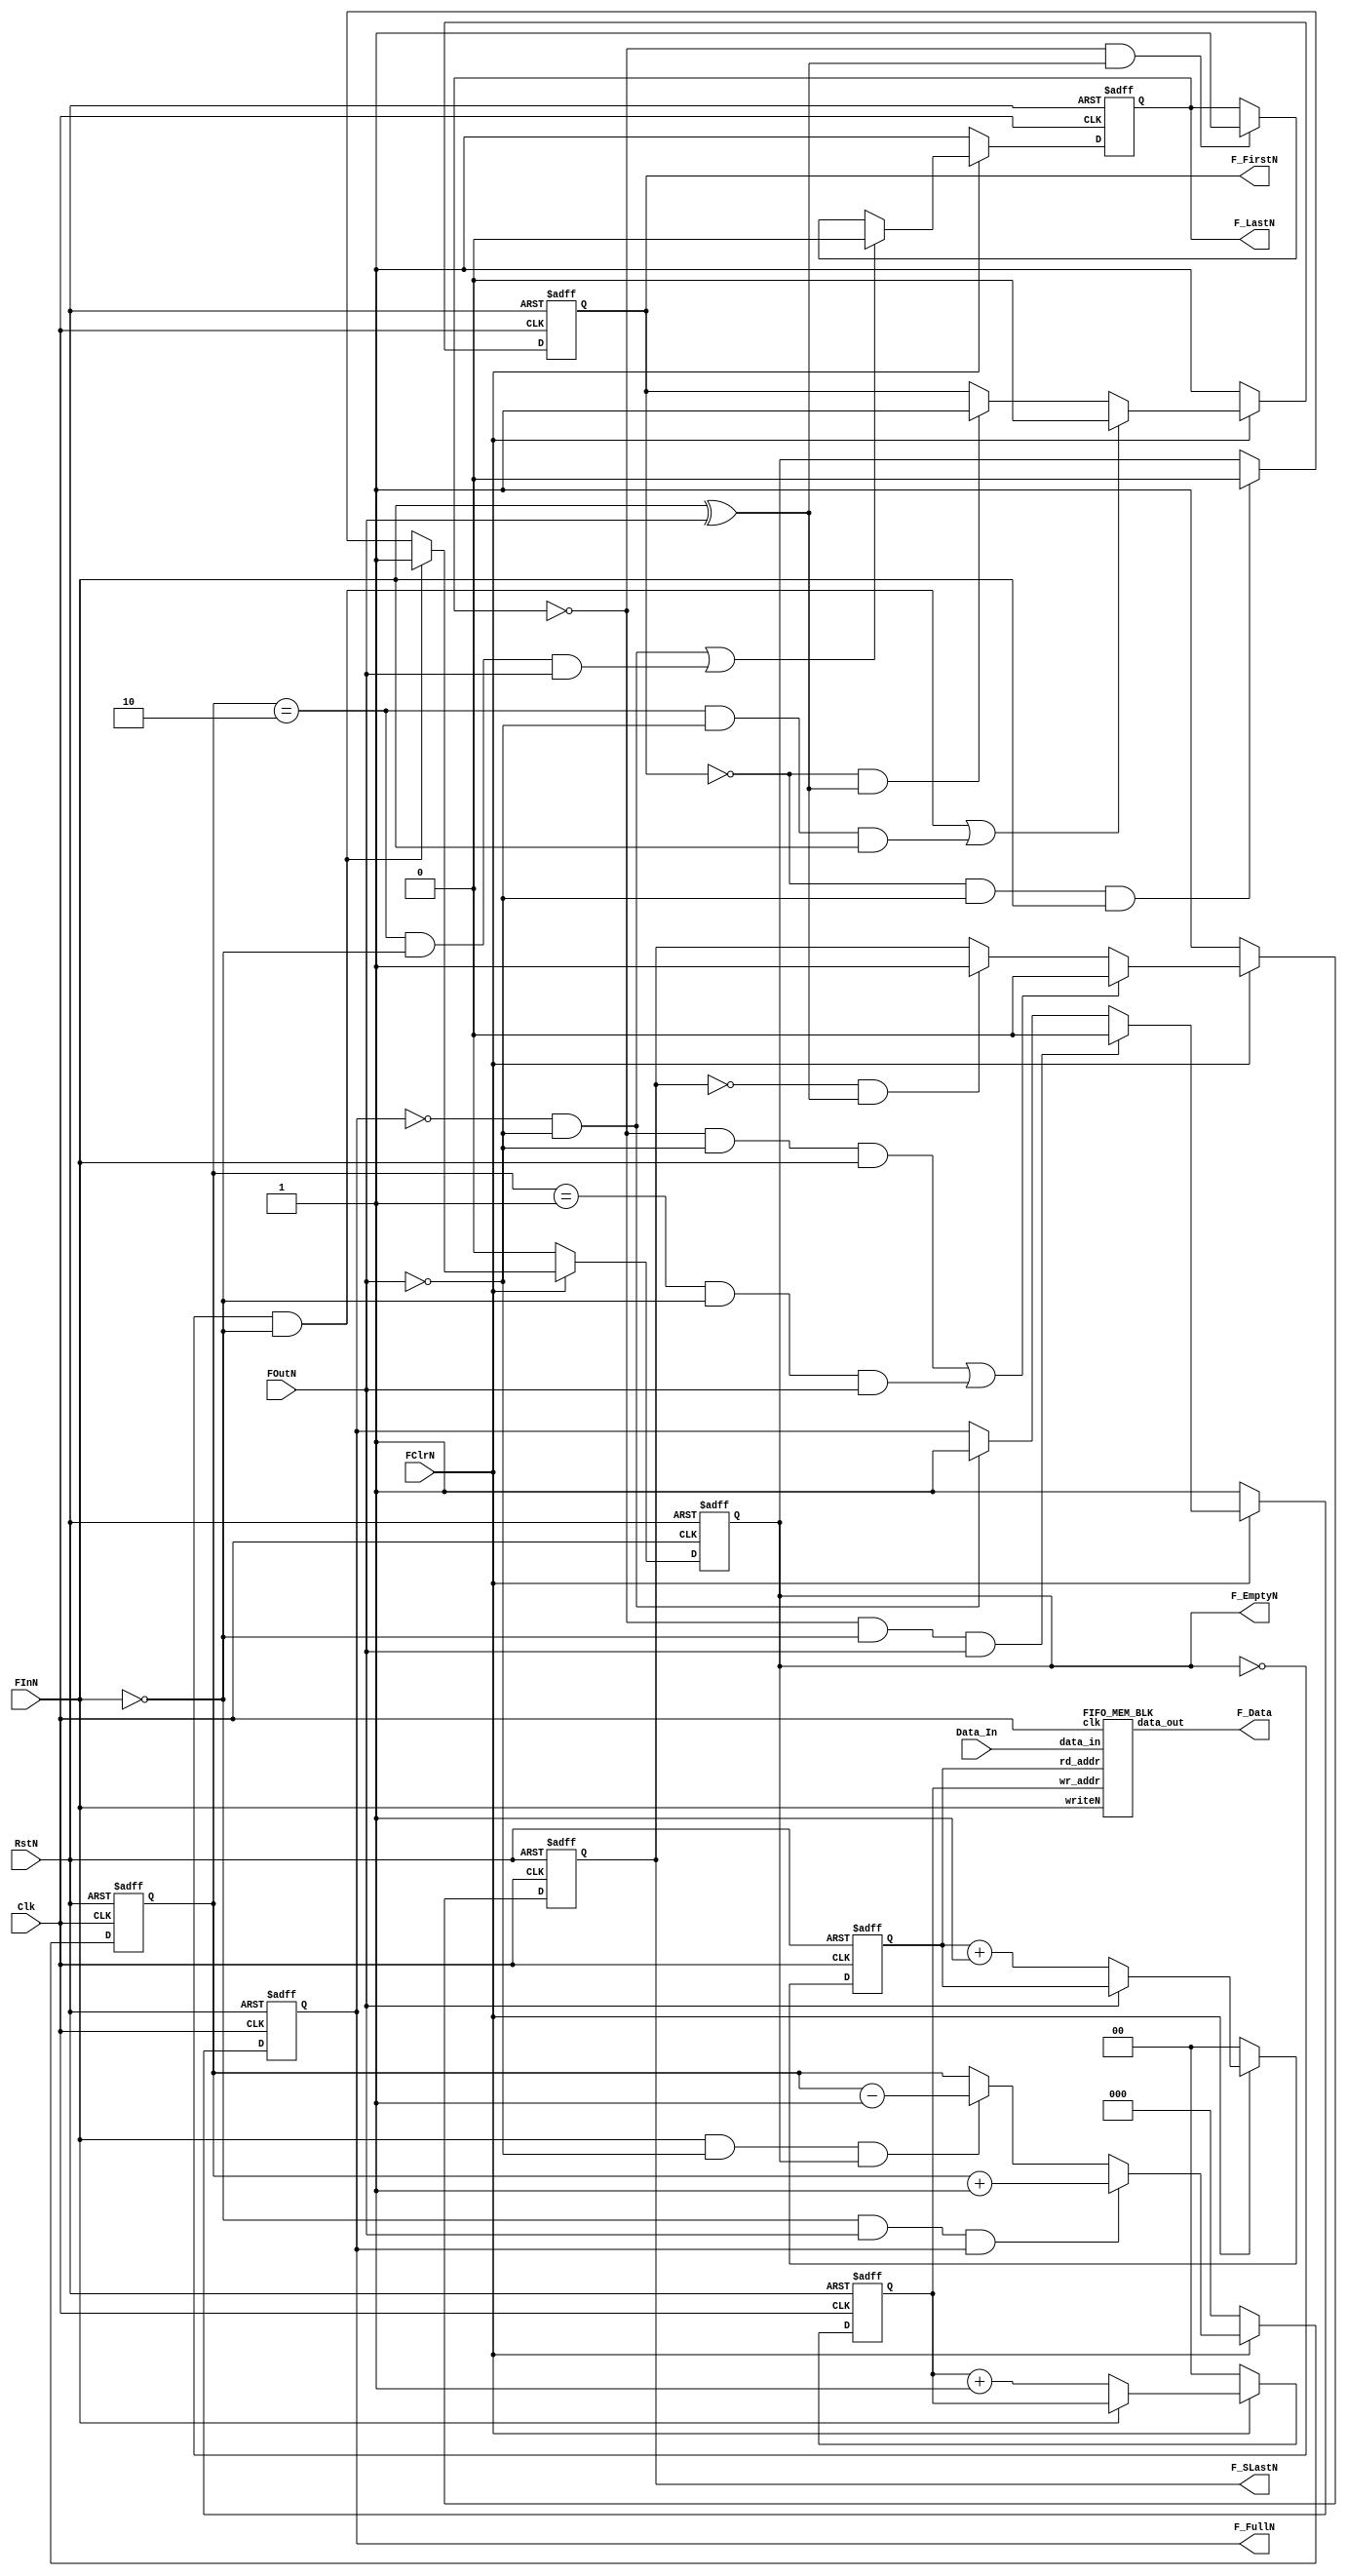

///////////////////////////////////////////////////////////////////////
// Company :  Sand Microelectronics Inc.,
// Profile :  Sand develops Simulation Models, Synthesizable Cores and
//            Performance Analysis Tools for Processors, Buses and Memory
//            products.  Sand's products include models for industry
//            standard components and Custom developed models for specific
//            simulation environments.
//
//            For more information on Sand, contact us at (408)-441-7138 by
//            telephone, (408)-441-7538 by fax or email your specific needs
//            to sales@sandmicro.com
////////////////////////////////////////////////////////////////////////


`define  FWIDTH     32           // Width of the FIFO.
`define  FDEPTH     4            // Depth of the FIFO.
`define  FCWIDTH    2            // Counter Width of the FIFO 2 to power 
                                 // FCWIDTH = FDEPTH.
module FIFO(  Clk,
              RstN,
              Data_In,
              FClrN,
              FInN,
              FOutN,

              F_Data,
              F_FullN,
              F_LastN,
              F_SLastN,
              F_FirstN,
              F_EmptyN
           );



input                       Clk;      // CLK Signal.
input                       RstN;     // Low Asserted Reset signal.
input [(`FWIDTH-1):0]       Data_In;  // Data Into FIFO.
input                       FInN;     // Write into FIFO Signal.
input                       FClrN;    // Clear Signal to FIFO.
input                       FOutN;    // Read From FIFO Signal.

output [(`FWIDTH-1):0]      F_Data;   // FIFO Data out.
output                      F_FullN;  // FIFO Full indicating signal.
output                      F_EmptyN; // FIFO Empty indicating signal.
output                      F_LastN;  // FIFO Last But One Signal.
output                      F_SLastN; // FIFO SLast But One Signal.
output                      F_FirstN; // Signal indicating only one word inFIFO.


reg                F_FullN;
reg                F_EmptyN;
reg                F_LastN;
reg                F_SLastN;
reg                F_FirstN;

reg    [`FCWIDTH:0]       fcounter;    // counter indicates num of data in FIFO
reg    [(`FCWIDTH-1):0]   rd_ptr;      // current read pointer.
reg    [(`FCWIDTH-1):0]   wr_ptr;      // current write pointer.
wire   [(`FWIDTH-1):0]    FIFODataOut; // Data Out from the FIFO MemBlk
wire   [(`FWIDTH-1):0]    FIFODataIn;  // Data into the FIFO MemBlk

wire   ReadN  = FOutN;
wire   WriteN = FInN;

assign F_Data     = FIFODataOut;  
assign FIFODataIn = Data_In;     


    FIFO_MEM_BLK memblk(.clk(Clk),
                        .writeN(WriteN),
                        .rd_addr(rd_ptr),
                        .wr_addr(wr_ptr),
                        .data_in(FIFODataIn),
                        .data_out(FIFODataOut)
                       ); 



    // Control circuitry for FIFO. If reset or clr signal is asserted
    // all the counters are set to 0. IF write only the write counter
    // is incremented else if read only read counter is incremented
    // else if both, read and write counters are incremented.
    // fcounter indicates the num of items in the fifo. Write only
    // increments  the fcounter, read only decrements the counter and
    // read && write doen't change the counter value.
    always @(posedge Clk or negedge RstN)
    begin

       if(!RstN) begin
           fcounter    <= 0;
           rd_ptr      <= 0;
           wr_ptr      <= 0;
       end
       else begin

           if(~FClrN ) begin
               fcounter    <= 0;
               rd_ptr      <= 0;
               wr_ptr      <= 0;
           end
           else begin

               if(~WriteN) 
                   wr_ptr <= wr_ptr + 1;

               if(~ReadN)
                   rd_ptr <= rd_ptr + 1;
 
               if(~WriteN && ReadN && F_FullN) 
                   fcounter <= fcounter + 1;
    
               else if(WriteN && ~ReadN && F_EmptyN)
                   fcounter <= fcounter - 1;
          end
       end
    end


 
    // All the FIFO status signals depends on the value of fcounter.
    // If the fcounter is equal to afdepth, indicates FIFO is full.
    // If the fcounter is equal to zero, indicates the FIFO is empty.



    // F_EmptyN signal indicates FIFO Empty Status. By Defualt it is 
    // asserted indicating the FIFO is empty. After the First Data is
    // put into the FIFO the signal is deasserted.
    always @(posedge Clk or negedge RstN)
    begin

       if(!RstN)
          F_EmptyN <= 1'b0;

       else begin
          if(FClrN==1'b1) begin

             if(F_EmptyN==1'b0 && WriteN==1'b0)

                 F_EmptyN <= 1'b1;
 
             else if(F_FirstN==1'b0 && ReadN==1'b0 && WriteN==1'b1)
 
                 F_EmptyN <= 1'b0;
          end
          else
             F_EmptyN <= 1'b0;
       end
    end
 
    // F_FirstN signal indicates that there is only one data sitting in the
    // FIFO. When the FIFO isempty and a write to FIFO occurs, this signal
    // gets asserted.
    always @(posedge Clk or negedge RstN)
    begin
 
       if(!RstN)
 
          F_FirstN <= 1'b1;
 
       else begin
          if(FClrN==1'b1) begin
 
             if((F_EmptyN==1'b0 && WriteN==1'b0) ||
                (fcounter==2 && ReadN==1'b0 && WriteN==1'b1))
 
                 F_FirstN <= 1'b0;
  
             else if (F_FirstN==1'b0 && (WriteN ^ ReadN))
                 F_FirstN <= 1'b1;
          end
          else begin
 
             F_FirstN <= 1'b1;
          end
       end   
    end   


    // F_SLastN indicates that there is space for only two data words in the 
    // FIFO.
    always @(posedge Clk or negedge RstN)
    begin
 
       if(!RstN)
 
          F_SLastN <= 1'b1;
       
       else begin

          if(FClrN==1'b1) begin

             if( (F_LastN==1'b0 && ReadN==1'b0 && WriteN==1'b1) || 
                 (fcounter == (`FDEPTH-3) && WriteN==1'b0 && ReadN==1'b1))

                 F_SLastN <= 1'b0;
          

             else if(F_SLastN==1'b0 && (ReadN ^ WriteN) )
                 F_SLastN <= 1'b1;

          end
          else
             F_SLastN <= 1'b1;

       end
    end 

    // F_LastN indicates that there is one space for only one data 
    // word in the  fifo.
    always @(posedge Clk or negedge RstN)
    begin
 
       if(!RstN)
 
          F_LastN <= 1'b1;
 
       else begin
          if(FClrN==1'b1) begin
 
             if ((F_FullN==1'b0 && ReadN==1'b0)  ||
                 (fcounter == (`FDEPTH-2) && WriteN==1'b0 && ReadN==1'b1))
  
                 F_LastN <= 1'b0;
  
             else if(F_LastN==1'b0 && (ReadN ^ WriteN) )
                 F_LastN <= 1'b1;
          end
          else
             F_LastN <= 1'b1;
       end
    end
       

    // F_FullN indicates that the FIFO is full.
    always @(posedge Clk or negedge RstN)
    begin
 
       if(!RstN)
 
           F_FullN <= 1'b1;
 
       else begin
           if(FClrN==1'b1)  begin
 
               if (F_LastN==1'b0 && WriteN==1'b0 && ReadN==1'b1)
       
                    F_FullN <= 1'b0;
 
               else if(F_FullN==1'b0 && ReadN==1'b0)
    
                    F_FullN <= 1'b1;
           end
           else
               F_FullN <= 1'b1;
    
       end
    end
       
endmodule



///////////////////////////////////////////////////////////////////
//
//
//   Configurable memory block for fifo. The width of the mem
//   block is configured via "FWIDTH". All the data into fifo is done 
//   synchronous to block.
//
//
///////////////////////////////////////////////////////////////////

module FIFO_MEM_BLK( clk,
                     writeN,
                     wr_addr,
                     rd_addr,
                     data_in,
                     data_out
                   );


input                    clk;       // input clk.
input                    writeN;    // Write Signal to put datainto fifo.
input  [(`FCWIDTH-1):0]  wr_addr;   // Write Address.
input  [(`FCWIDTH-1):0]  rd_addr;   // Read Address.
input  [(`FWIDTH-1):0]   data_in;   // DataIn in to Memory Block

output [(`FWIDTH-1):0]   data_out;  // Data Out from the Memory Block(FIFO)

wire   [(`FWIDTH-1):0] data_out;  

reg    [(`FWIDTH-1):0] FIFO[0:(`FDEPTH-1)];



assign data_out  = FIFO[rd_addr];

always @(posedge clk)
begin

   if(writeN==1'b0)
      FIFO[wr_addr] <= data_in;
end

endmodule